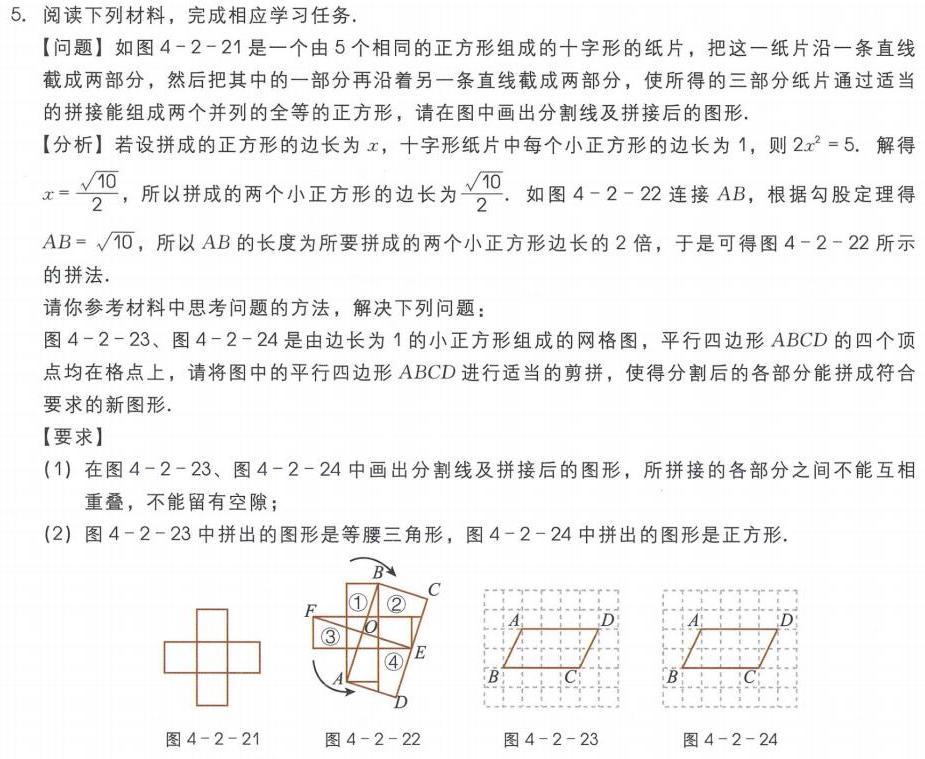
5. 阅读下列材料，完成相应学习任务.
【问题】如图4 - 2 - 21是一个由5个相同的正方形组成的十字形的纸片，把这一纸片沿一条直线截成两部分，然后把其中的一部分再沿着另一条直线截成两部分，使所得的三部分纸片通过适当的拼接能组成两个并列的全等的正方形，请在图中画出分割线及拼接后的图形.
【分析】若设拼成的正方形的边长为\(x\)，十字形纸片中每个小正方形的边长为1，则\(2x^{2}=5\). 解得\(x = \frac{\sqrt{10}}{2}\)，所以拼成的两个小正方形的边长为\(\frac{\sqrt{10}}{2}\). 如图4 - 2 - 22连接\(AB\)，根据勾股定理得\(AB=\sqrt{10}\)，所以\(AB\)的长度为所要拼成的两个小正方形边长的2倍，于是可得图4 - 2 - 22所示的拼法.
请你参考材料中思考问题的方法，解决下列问题：
图4 - 2 - 23、图4 - 2 - 24是由边长为1的小正方形组成的网格图，平行四边形\(ABCD\)的四个顶点均在格点上，请将图中的平行四边形\(ABCD\)进行适当的剪拼，使得分割后的各部分能拼成符合要求的新图形.
【要求】
(1) 在图4 - 2 - 23、图4 - 2 - 24中画出分割线及拼接后的图形，所拼接的各部分之间不能互相重叠，不能留有空隙；
(2) 图4 - 2 - 23中拼出的图形是等腰三角形，图4 - 2 - 24中拼出的图形是正方形.

| 图4 - 2 - 21 | 图4 - 2 - 22 | 图4 - 2 - 23 | 图4 - 2 - 24 |
| ---- | ---- | ---- | ---- |
| ![](此处为图4 - 2 - 21十字形图案) | ![](此处为图4 - 2 - 22有分割线和拼接示意的图案，含\textcircled{1}\textcircled{2}\textcircled{3}\textcircled{4}及\(A,B,C,D,E,F,O\)标注) | ![](此处为图4 - 2 - 23平行四边形\(ABCD\)在网格中) | ![](此处为图4 - 2 - 24平行四边形\(ABCD\)在网格中) |